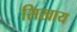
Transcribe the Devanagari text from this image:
सिखाय